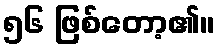
၅၆ ဖြစ်တော့၏။